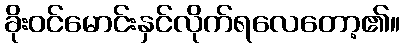
ခိုးဝင်မောင်းနှင်လိုက်ရလေတော့၏။